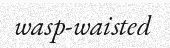
wasp-waisted